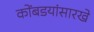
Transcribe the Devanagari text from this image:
कोंबडयांसारखे